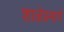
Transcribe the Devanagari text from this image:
शाळेप्रमाणे